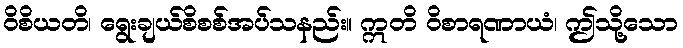
ဝိစိယတိ၊ ရွေးချယ်စိစစ်အပ်သနည်း။ ဣတိ ဝိစာရဏာယံ၊ ဤသို့သော